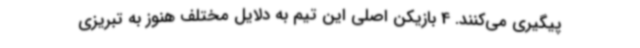
پیگیری می‌کنند. 4 بازیکن اصلی این تیم به دلایل مختلف هنوز به تبریزی